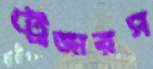
ট্রেজারস